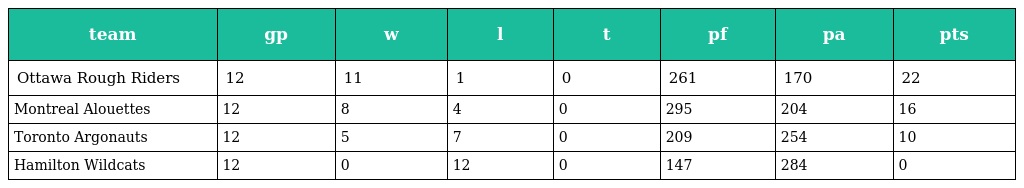
| team | gp | w | l | t | pf | pa | pts |
 | --- | --- | --- | --- | --- | --- | --- | --- |
 | Ottawa Rough Riders | 12 | 11 | 1 | 0 | 261 | 170 | 22 |
 | Montreal Alouettes | 12 | 8 | 4 | 0 | 295 | 204 | 16 |
 | Toronto Argonauts | 12 | 5 | 7 | 0 | 209 | 254 | 10 |
 | Hamilton Wildcats | 12 | 0 | 12 | 0 | 147 | 284 | 0 |